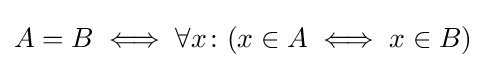
A=B\iff \forall x\colon (x\in A\iff x\in B)